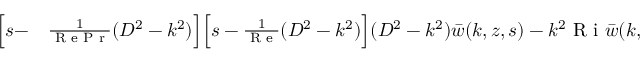
\begin{array} { r l } { \Big [ s - } & { { } \frac { 1 } { \textrm { R e P r } } ( D ^ { 2 } - k ^ { 2 } ) \Big ] \Big [ s - \frac { 1 } { \textrm { R e } } ( D ^ { 2 } - k ^ { 2 } ) \Big ] ( D ^ { 2 } - k ^ { 2 } ) \bar { w } ( k , z , s ) - k ^ { 2 } \textrm { R i } \bar { w } ( k , z , s ) } \end{array}